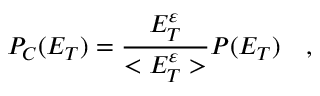
P _ { C } ( E _ { T } ) = { \frac { E _ { T } ^ { \varepsilon } } { < E _ { T } ^ { \varepsilon } > } } P ( E _ { T } ) \ \ \ ,